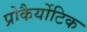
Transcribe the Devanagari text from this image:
प्रोकैर्योटिक